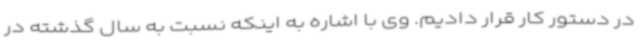
در دستور کار قرار دادیم. وی با اشاره به اینکه نسبت به سال گذشته در